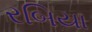
રબિયા